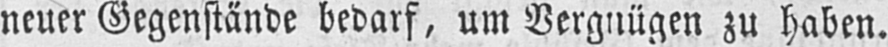
neuer Gegenstände bedarf, um Vergnügen zu haben.